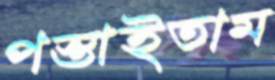
পস্তাইতাম